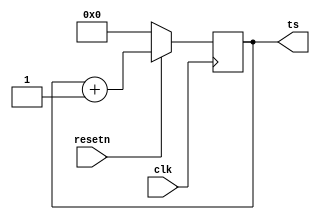
`timescale 1ns / 1ps

module timestamper #
(
	parameter integer C_TS_WIDTH = 64
) (
	input  wire clk,
	input  wire resetn,

	output wire [C_TS_WIDTH-1:0] ts
);

	reg [C_TS_WIDTH-1:0] lvl0_ts;
	assign ts = lvl0_ts;

	always @ (posedge clk) begin
		if (resetn == 0)
			lvl0_ts <= 0;
		else
			lvl0_ts <= lvl0_ts + 1;
	end

endmodule